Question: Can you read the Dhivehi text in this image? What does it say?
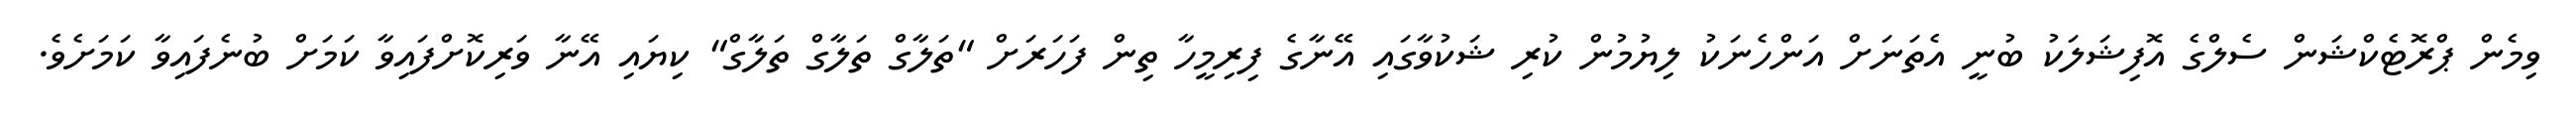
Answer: ވިމެން ޕްރޮޓެކްޝަން ސެލްގެ އޮފިޝަލަކު ބުނީ އެތަނަށް އަންހެނަކު ލިޔުމުން ކުރި ޝަކުވާގައި އޭނާގެ ފިރިމީހާ ތިން ފަހަރަށް "ތަލާގް ތަލާގް ތަލާގް" ކިޔައި އޭނާ ވަރިކޮށްފައިވާ ކަމަށް ބުނެފައިވާ ކަމަށެވެ.